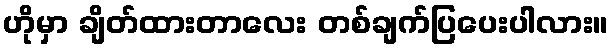
ဟိုမှာ ချိတ်ထားတာလေး တစ်ချက်ပြပေးပါလား။